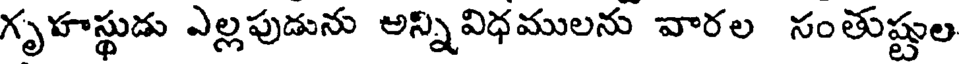
గృహస్థుడు ఎల్లపుడును అన్నివిధములను వారల సంతుష్టుల